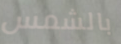
بالشمس